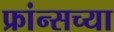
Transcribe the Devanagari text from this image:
फ्रांन्सच्या